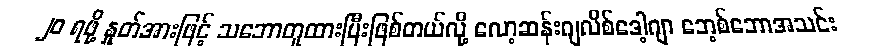
၂၀ ရဖို့ နှုတ်အားဖြင့် သဘောတူထားပြီးဖြစ်တယ်လို့ လော့ဆန်းဂျလိစ်ဒေါ့ဂျာ ဘေ့စ်ဘောအသင်း